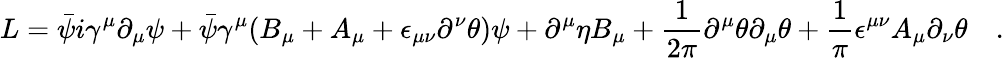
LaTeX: L=\bar{\psi}i\gamma^{\mu}\partial_{\mu}\psi+{\bar{\psi}}\gamma^{\mu}(B_{\mu}+A_{\mu}+\epsilon_{\mu\nu}\partial^{\nu}\theta)\psi+\partial^{\mu}\eta B_{\mu}+\frac{1}{2\pi}\partial^{\mu}\theta\partial_{\mu}\theta+\frac{1}{\pi}\epsilon^{\mu\nu}A_{\mu}\partial_{\nu}\theta\quad.